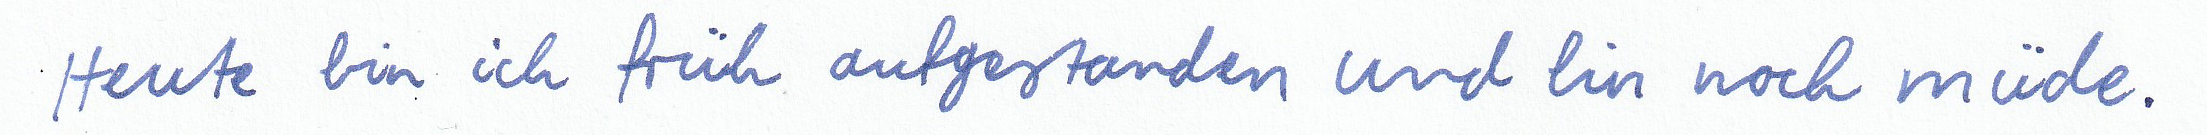
Heute bin ich früh aufgestanden und bin noch müde.